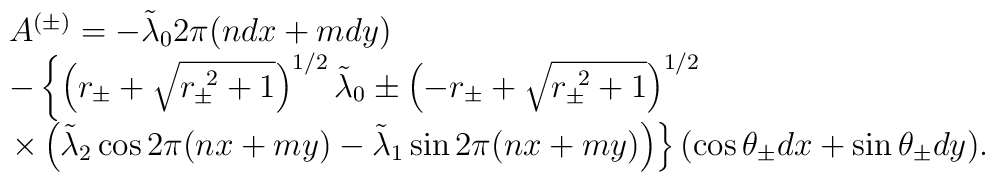
\begin{array}{l}A^{(\pm)}=-\tilde{\lambda}_{0}2\pi(ndx+mdy) \\-\left\{\left(r_{\pm}+\sqrt{r_{\pm}^{\mbox{ }2}+1}\right)^{1/2}\tilde{\lambda}_{0} \pm\left(-r_{\pm}+\sqrt{r_{\pm}^{\mbox{ }2}+1}\right)^{1/2}  \right.\\\left. \times\left(\tilde{\lambda}_{2}\cos2\pi(nx+my)-\tilde{\lambda}_{1}\sin2\pi(nx+my)\right)\right\}(\cos\theta_{\pm}dx+\sin\theta_{\pm}dy).\end{array}